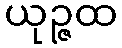
ယုဉ္ဇထ